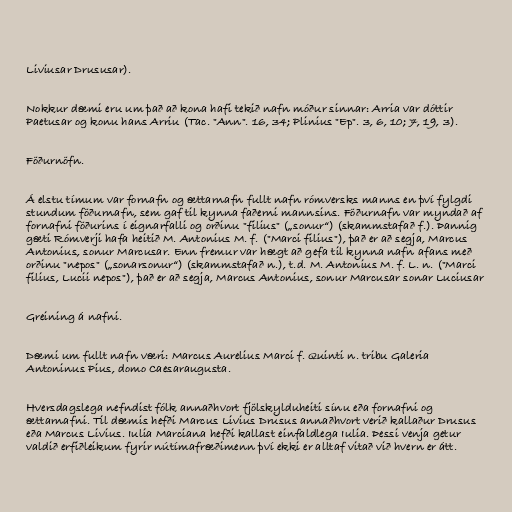
Liviusar Drususar).

Nokkur dæmi eru um það að kona hafi tekið nafn móður sinnar: Arria var dóttir
Paetusar og konu hans Arriu (Tac. "Ann". 16, 34; Plinius "Ep". 3, 6, 10; 7, 19, 3).

Föðurnöfn.

Á elstu tímum var fornafn og ættarnafn fullt nafn rómversks manns en því fylgdi
stundum föðurnafn, sem gaf til kynna faðerni mannsins. Föðurnafn var myndað af
fornafni föðurins í eignarfalli og orðinu "filius" („sonur“) (skammstafað f.). Þannig
gæti Rómverji hafa heitið M. Antonius M. f. ("Marci filius"), það er að segja, Marcus
Antonius, sonur Marcusar. Enn fremur var hægt að gefa til kynna nafn afans með
orðinu "nepos" („sonarsonur“) (skammstafað n.), t.d. M. Antonius M. f. L. n. ("Marci
filius, Lucii nepos"), það er að segja, Marcus Antonius, sonur Marcusar sonar Luciusar

Greining á nafni.

Dæmi um fullt nafn væri: Marcus Aurelius Marci f. Quinti n. tribu Galeria
Antoninus Pius, domo Caesaraugusta.

Hversdagslega nefndist fólk annaðhvort fjölskylduheiti sínu eða fornafni og
ættarnafni. Til dæmis hefði Marcus Livius Drusus annaðhvort verið kallaður Drusus
eða Marcus Livius. Iulia Marciana hefði kallast einfaldlega Iulia. Þessi venja getur
valdið erfiðleikum fyrir nútímafræðimenn því ekki er alltaf vitað við hvern er átt.